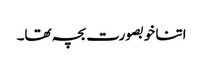
اتنا خوبصورت بچہ تھا۔